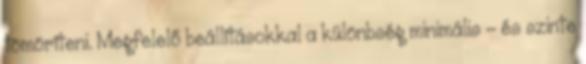
tömöríteni. Megfelelő beállításokkal a különbség minimális - és szinte